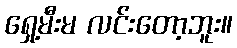
ရှေ့မီးမ လင်းတော့ဘူး။